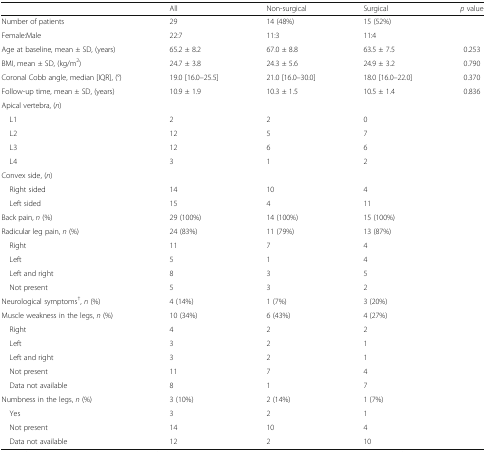
<table><thead><tr><td></td><td><b>All</b></td><td><b>Non-surgical</b></td><td><b>Surgical</b></td><td><b><i>p</i> value</b></td></tr></thead><tbody><tr><td>Number of patients</td><td>29</td><td>14 (48%)</td><td>15 (52%)</td><td></td></tr><tr><td>Female:Male</td><td>22:7</td><td>11:3</td><td>11:4</td><td></td></tr><tr><td>Age at baseline, mean ± SD, (years)</td><td>65.2 ± 8.2</td><td>67.0 ± 8.8</td><td>63.5 ± 7.5</td><td>0.253</td></tr><tr><td>BMI, mean ± SD, (kg/m<sup>2</sup>)</td><td>24.7 ± 3.8</td><td>24.3 ± 5.6</td><td>24.9 ± 3.2</td><td>0.790</td></tr><tr><td>Coronal Cobb angle, median [IQR], (°)</td><td>19.0 [16.0–25.5]</td><td>21.0 [16.0–30.0]</td><td>18.0 [16.0–22.0]</td><td>0.370</td></tr><tr><td>Follow-up time, mean ± SD, (years)</td><td>10.9 ± 1.9</td><td>10.3 ± 1.5</td><td>10.5 ± 1.4</td><td>0.836</td></tr><tr><td colspan="5">Apical vertebra, (<i>n</i>)</td></tr><tr><td> L1</td><td>2</td><td>2</td><td>0</td><td></td></tr><tr><td> L2</td><td>12</td><td>5</td><td>7</td><td></td></tr><tr><td> L3</td><td>12</td><td>6</td><td>6</td><td></td></tr><tr><td> L4</td><td>3</td><td>1</td><td>2</td><td></td></tr><tr><td colspan="5">Convex side, (<i>n</i>)</td></tr><tr><td> Right sided</td><td>14</td><td>10</td><td>4</td><td></td></tr><tr><td> Left sided</td><td>15</td><td>4</td><td>11</td><td></td></tr><tr><td>Back pain, <i>n</i> (%)</td><td>29 (100%)</td><td>14 (100%)</td><td>15 (100%)</td><td></td></tr><tr><td>Radicular leg pain, <i>n</i> (%)</td><td>24 (83%)</td><td>11 (79%)</td><td>13 (87%)</td><td></td></tr><tr><td> Right</td><td>11</td><td>7</td><td>4</td><td></td></tr><tr><td> Left</td><td>5</td><td>1</td><td>4</td><td></td></tr><tr><td> Left and right</td><td>8</td><td>3</td><td>5</td><td></td></tr><tr><td> Not present</td><td>5</td><td>3</td><td>2</td><td></td></tr><tr><td>Neurological symptoms<sup>†</sup>, <i>n</i> (%)</td><td>4 (14%)</td><td>1 (7%)</td><td>3 (20%)</td><td></td></tr><tr><td>Muscle weakness in the legs, <i>n</i> (%)</td><td>10 (34%)</td><td>6 (43%)</td><td>4 (27%)</td><td></td></tr><tr><td> Right</td><td>4</td><td>2</td><td>2</td><td></td></tr><tr><td> Left</td><td>3</td><td>2</td><td>1</td><td></td></tr><tr><td> Left and right</td><td>3</td><td>2</td><td>1</td><td></td></tr><tr><td> Not present</td><td>11</td><td>7</td><td>4</td><td></td></tr><tr><td> Data not available</td><td>8</td><td>1</td><td>7</td><td></td></tr><tr><td>Numbness in the legs, <i>n</i> (%)</td><td>3 (10%)</td><td>2 (14%)</td><td>1 (7%)</td><td></td></tr><tr><td> Yes</td><td>3</td><td>2</td><td>1</td><td></td></tr><tr><td> Not present</td><td>14</td><td>10</td><td>4</td><td></td></tr><tr><td> Data not available</td><td>12</td><td>2</td><td>10</td><td></td></tr></tbody></table>